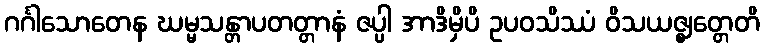
ဂင်္ဂါသောတေန ဃမ္မသန္တာပတတ္တာနံ ဇပ္ပါ အာဒိမှိပိ ဥပဝသိဿံ ဝိသယဇ္ဈတ္တေတိ